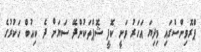
ޕްރޮވިންސްގައި މިދިޔަ އަހަރު ވަނީ ކޮފީ ޝޮޕްތަކުންދޭ ސަޔަށް ދެ ކިއުބް ހަކުރުގެ